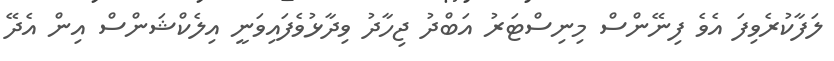
ލަފާކުރެވިފަ އެވެ ފިނޭންސް މިނިސްޓަރު އަބްދު ޖިހާދު ވިދާޅުވެފައިވަނީ އިލެކްޝަންސް އިން އެދޭ